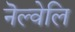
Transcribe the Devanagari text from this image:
नॆल्वेलि